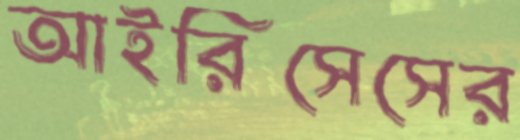
আইরিসেসের